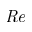
\mathit { R e }